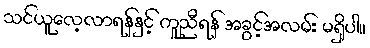
သင်ယူလေ့လာရန်နှင့် ကူညီရန် အခွင့်အလမ်း မရှိပါ။